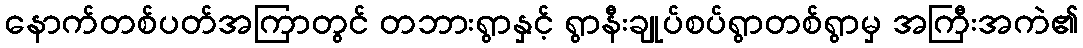
နောက်တစ်ပတ်အကြာတွင် တဘားရွာနှင့် ရွာနီးချုပ်စပ်ရွာတစ်ရွာမှ အကြီးအကဲ၏